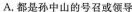
A.都是孙中山的号召或领导